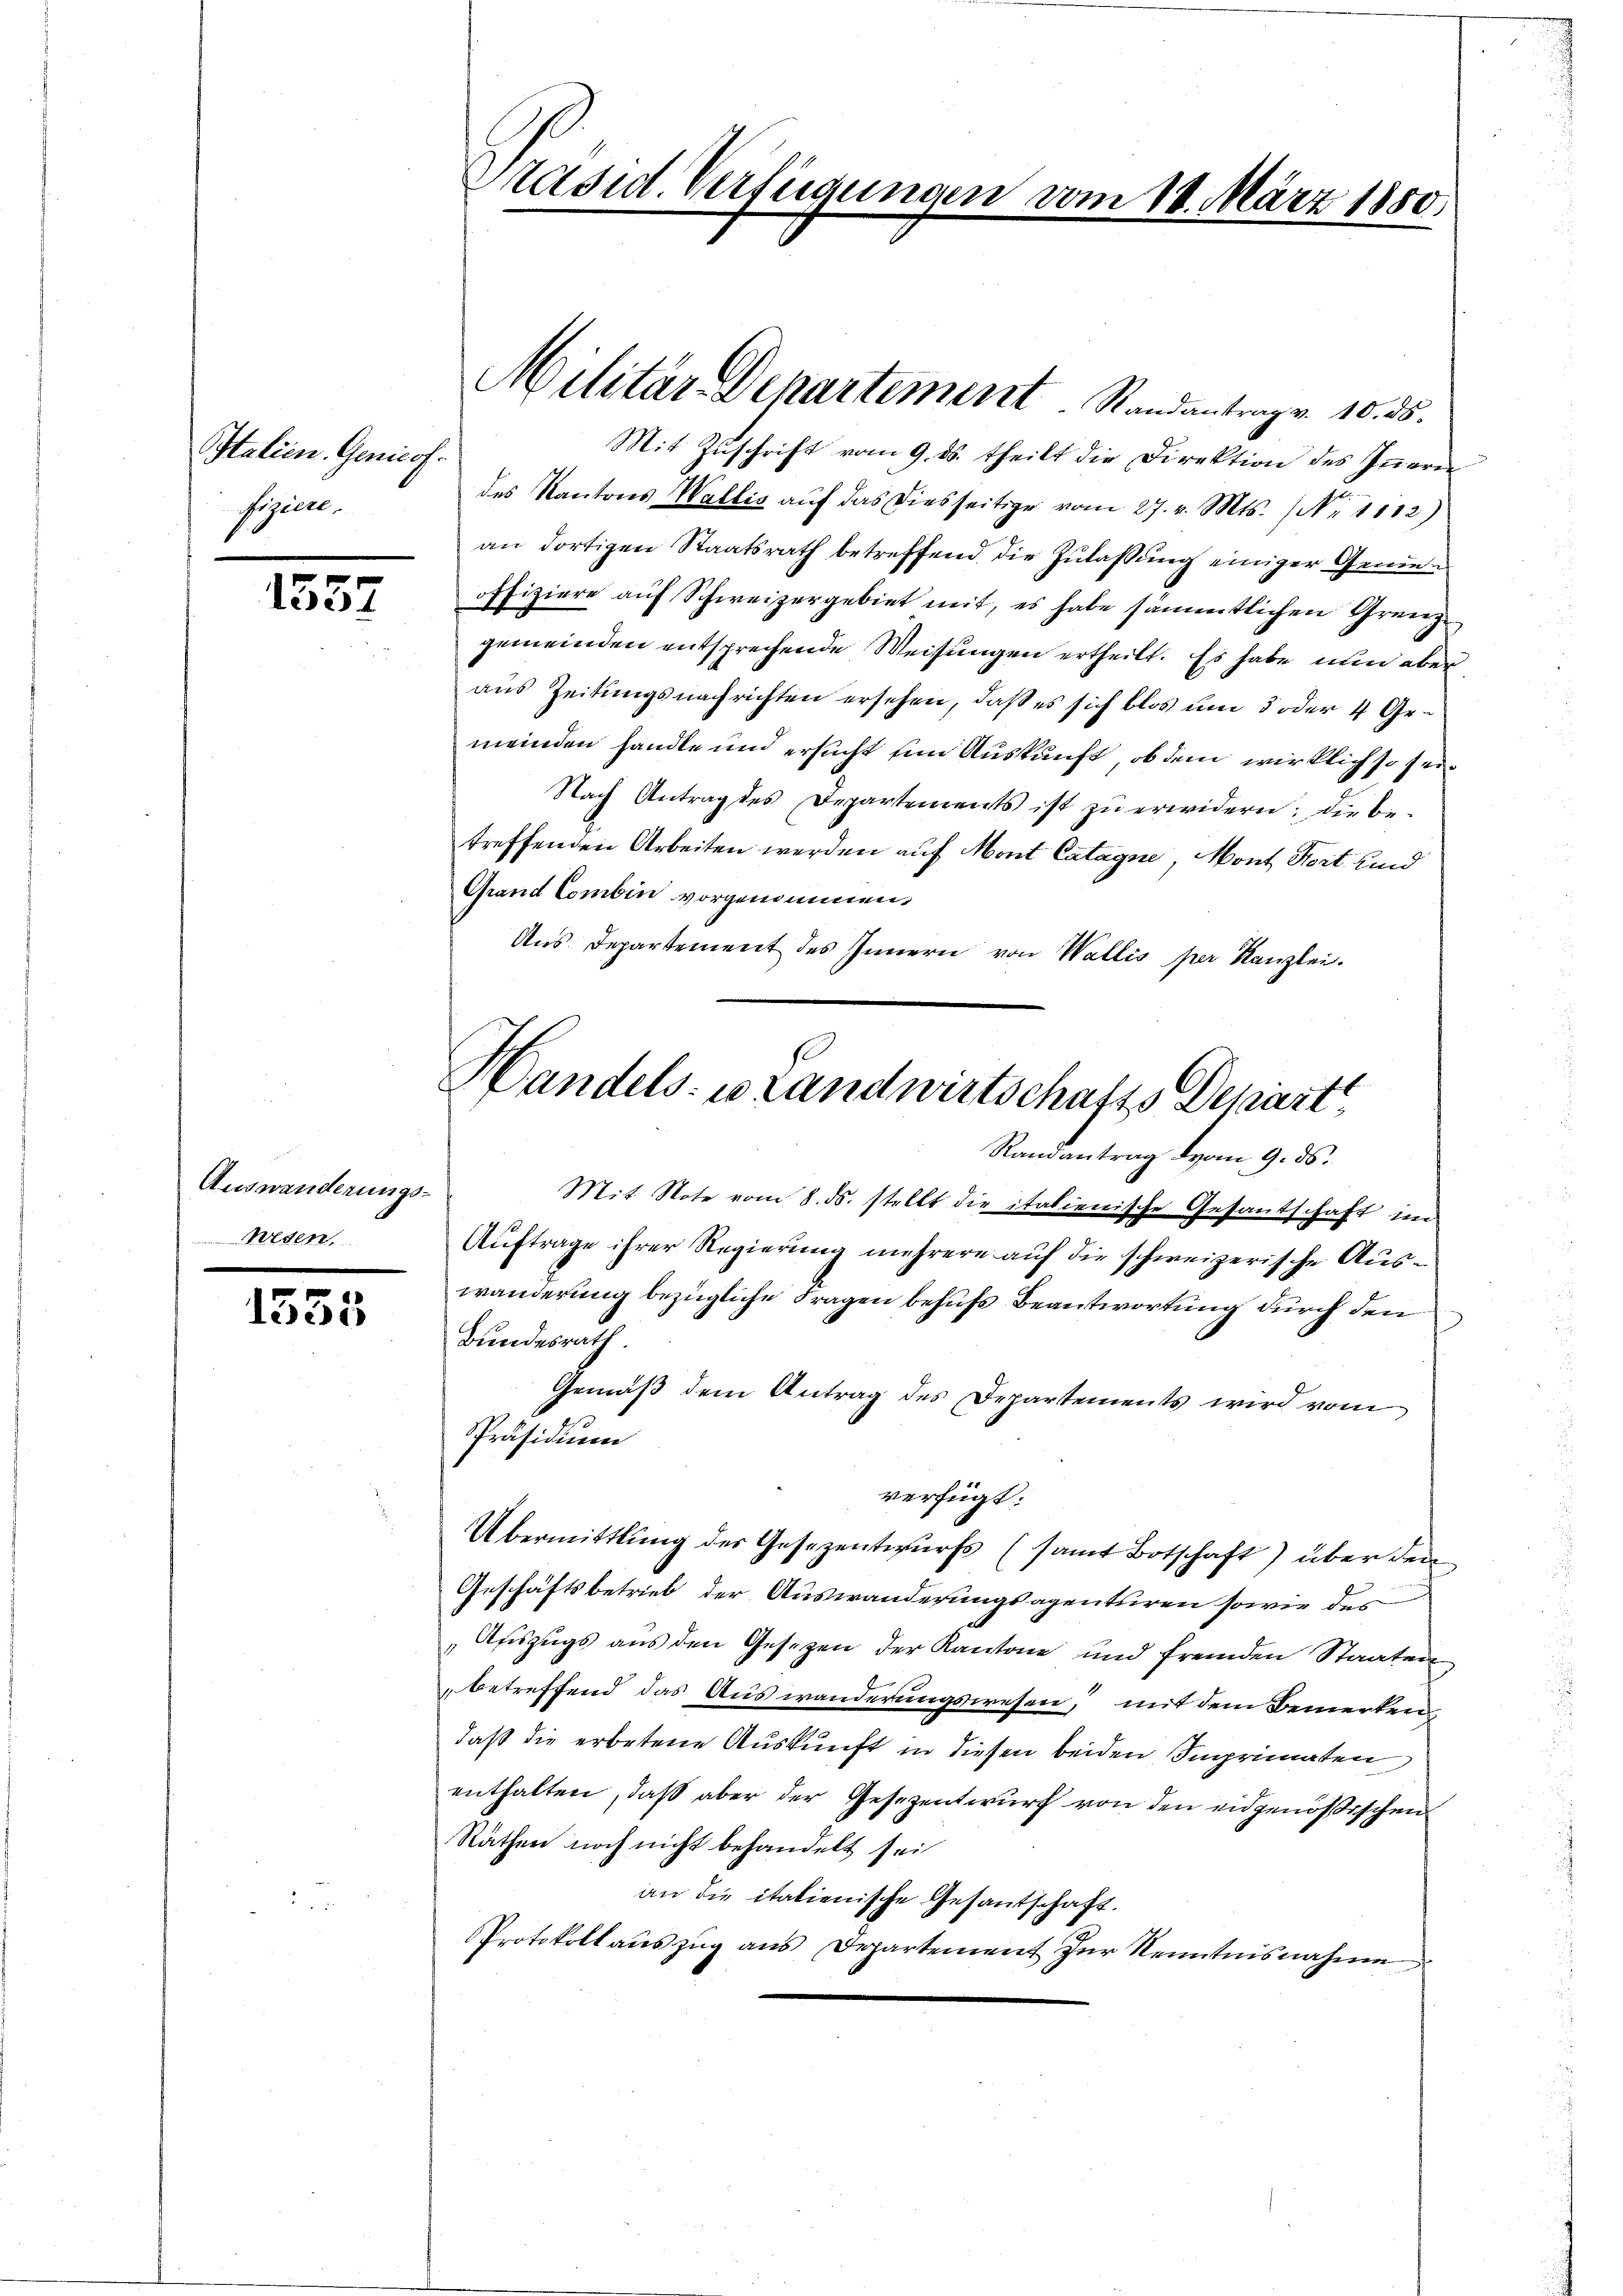
Italien. Genicof.
seien.

1557

Auswanderungs¬
Wesen,

1355

Präsid. Verfügungen vom 18. März 1850.

Mit Zŭschrift vom 9. ds. theilt die Direktion des Iṅern
des Kantons Wallis aŭf das diesseitige vom 27. v. Mts. (N. 1112)
an dortigen Staatsrath betreffend die Zulassung einiger Geneoffiziere auf Schweizergebiet mit, es habe sämmtlichen Grenze
gemeinden entsprechende Weisungen ertheilt. Es habe nun aber
aus Zeitungsnachrichten ersehen, daß es sich blos um 5 oder 4 Gemeinden handle und ersucht ein Auskunft, ob dem wirklich so sei
Nach Antrag des Departements ist zu erwidern: Die betreffenden Arbeiten werden auf Mont Catagne, Mont Hort und
Grand Combin vorgenommen.
Aus Departement des Innern von Wallis per Kanzlei.

Handels- u Landwirtschafts Depart
Randantrag vom 9. ds.

Militär-Departement. Randantrag v. 10. ds.

Mit Note vom 8. ds. stellt die italienische Gesantschaft im
Auftrage ihrer Regierung mehrere auf die schweizerische Auswanderung bezügliche Fragen behufs Beantwortung durch den
Bundesrat
Gemäß dem Antrag des Departements wird vom
Präsidium
verfügt:
Übermittlung der Gesezentwurfs (samt Botschaft) über den
Geschäftsbetrieb der Auswanderungsagentiren sowie des
Auszugs aus den Gesezen der Kantone und fremden Staaten
betreffend das Auswanderungswesen, mit dem Bemerken,
daß die erbetene Auskunft in diesen beiden Ingrimaten
enthalten, daß aber der Gesezentwurf von den eidgenößischen
Räthen noch nicht behandelt sei
an die italienische Gesantschaft.
Protokoll aŭszŭg ans Departement zŭr Kenntnisnahme